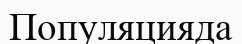
Популяцияда